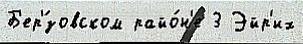
Б'ер'́зовском райо́н'е 3 Эйр'их